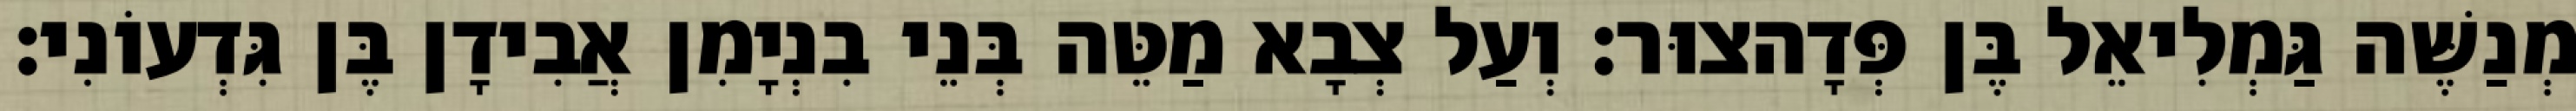
מְנַשֶּׁה גַּמְלִיאֵל בֶּן פְּדָהצוּר׃ וְעַל צְבָא מַטֵּה בְּנֵי בִנְיָמִן אֲבִידָן בֶּן גִּדְעוֹנִי׃